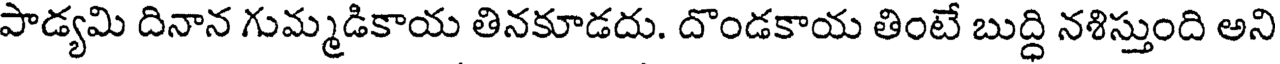
పాడ్యమి దినాన గుమ్మడికాయ తినకూడదు. దొండకాయ తింటే బుద్ధి నశిస్తుంది అని